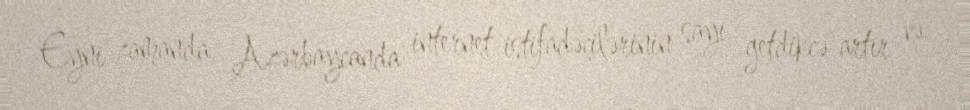
Eyni zamanda, Azərbaycanda internet istifadəçilərinin sayı getdikcə artır və